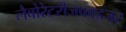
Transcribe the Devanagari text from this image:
लैबोरेटरीजफाइजर